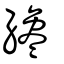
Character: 纔